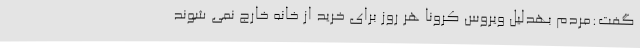
گفت:مردم بهدلیل ویروس کرونا هر روز برای خرید از خانه خارج نمی شوند